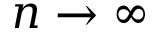
n \rightarrow \infty